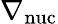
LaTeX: \nabla_{\mathrm{nuc}}